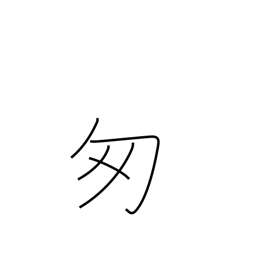
Meaning: be flustered